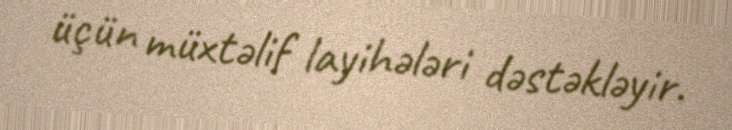
üçün müxtəlif layihələri dəstəkləyir.